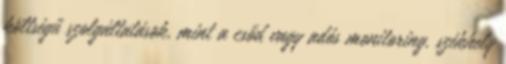
költségű szolgáltatások, mint a csőd vagy adós monitoring, székhely